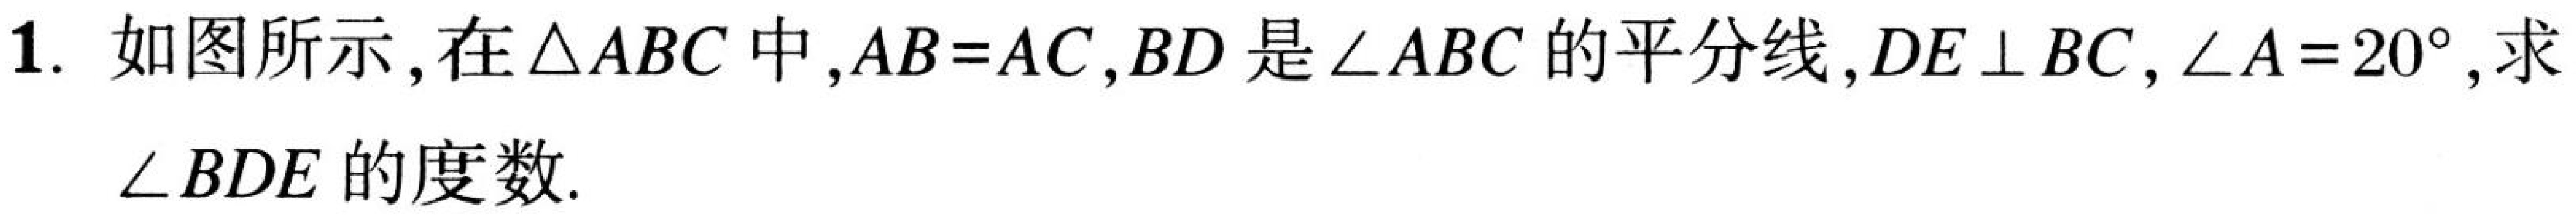
1. 如图所示，在\(\triangle ABC\)中，\(AB = AC\)，\(BD\)是\(\angle ABC\)的平分线，\(DE\perp BC\)，\(\angle A = 20^{\circ}\)，求\(\angle BDE\)的度数.